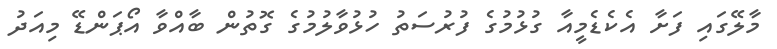
މާލޭގައި ފަށާ އެކެޑެމީއާ ގުޅުމުގެ ފުރުސަތު ހުޅުވާލުމުގެ ގޮތުން ބާއްވާ އޯޕަންޑޭ މިއަދު